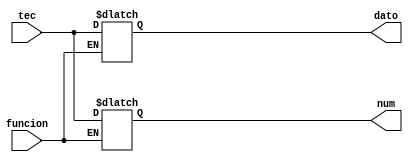
`timescale 1ns / 1ps

module Multiplexor(funcion, tec, dato, num);
input funcion;
input [3:0] tec;
output reg [3:0] dato, num;

initial begin
	dato<=0;
	num<=0;
end

always @(tec)begin
	
	if (~funcion)
		num<=tec;
	
	if(funcion)
		dato<=tec;


end
endmodule